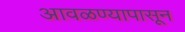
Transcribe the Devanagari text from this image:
आवळण्यापासून